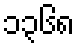
၁၃၆၈